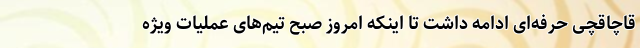
قاچاقچی حرفه‌ای ادامه داشت تا اینکه امروز صبح تیم‌های عملیات ویژه